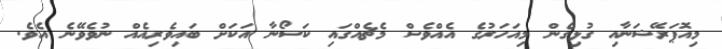
މިއޮޕަރޭޝަނާއި ގުޅިގެން މިއަހަރުގެ އެއްވެސް މެޗެއްގައި ކަސޯނާ އަކަށް ބައިވެރިއެއް ނުވެވޭނެ އެވެ.